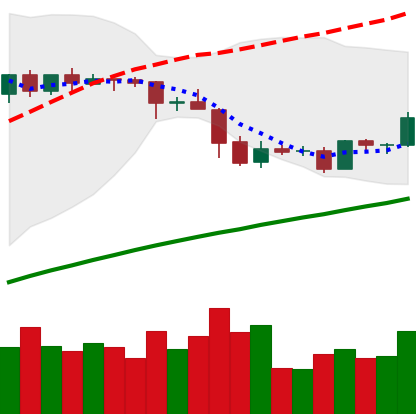
Ticker: EOS-USD
Chart end date: 2019-05-03
Forward return: -3.705%
Label: down_3_5